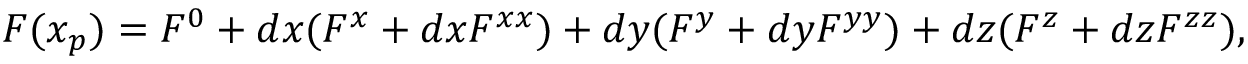
F ( x _ { p } ) = F ^ { 0 } + d x ( F ^ { x } + d x F ^ { x x } ) + d y ( F ^ { y } + d y F ^ { y y } ) + d z ( F ^ { z } + d z F ^ { z z } ) ,